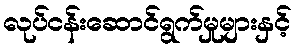
လုပ်ငန်းဆောင်ရွက်မှုများနှင့်